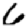
Digit: 6